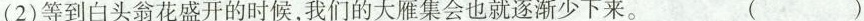
(2)等到白头翁花盛开的时候，我们的大雁集会也就逐渐少下来。 ( )